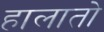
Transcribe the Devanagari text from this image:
हालातो